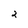
Character: 2